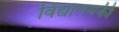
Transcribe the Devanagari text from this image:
विद्यालयकी